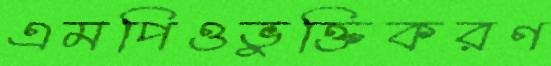
এমপিওভুক্তিকরণ